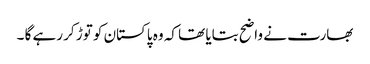
بھارت نے واضح بتایا تھا کہ وہ پاکستان کو توڑ کر رہے گا ۔